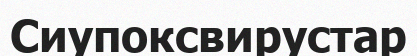
Сиупоксвирустар